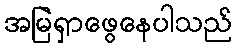
အမြဲရှာဖွေနေပါသည်